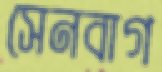
সেনবাগ